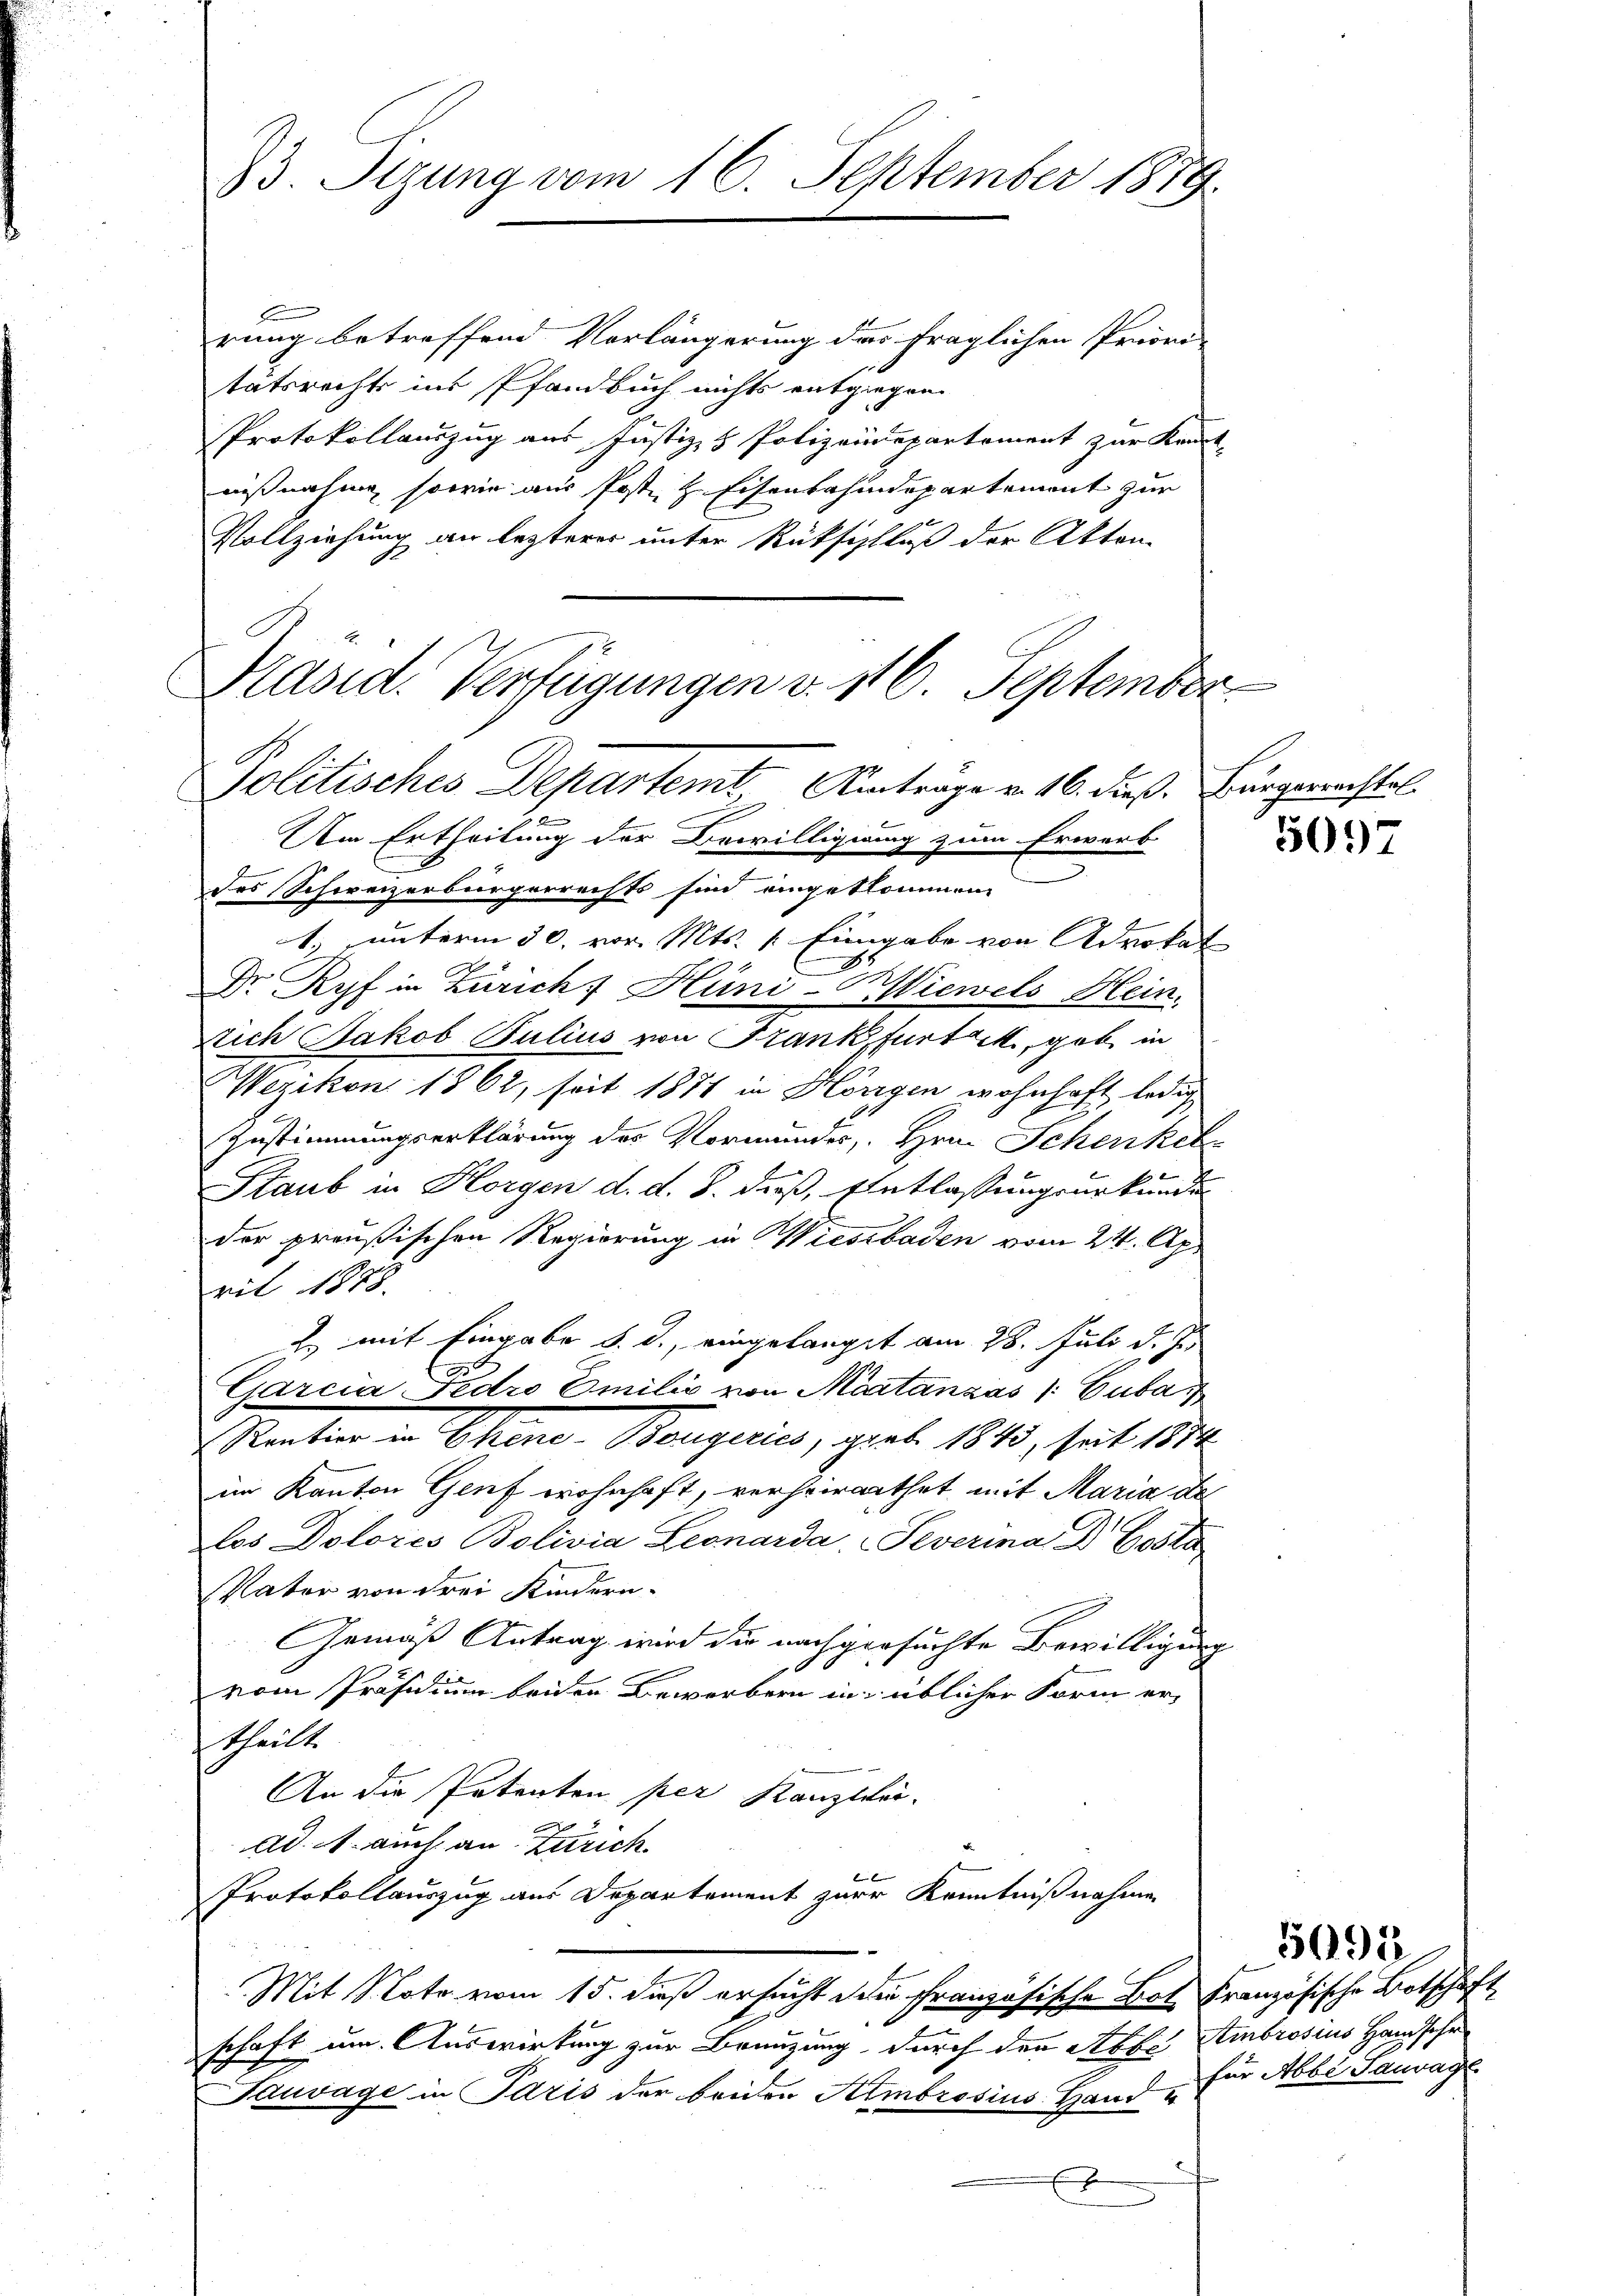
33. Sizung vom 16. September 1879.

rung betreffend Vorlängerung das fraglichen Priori
tätsrechts ins Pfandbuch nichts entgiegen
Protokollauszug aus Justiz- & Polizeidepartement zur Kennt-
nißnahme, sowie aus Poste, z. Eisenbahndepartement zur
Vollziehung an lezterer unter Rückschluß der Akten
Präsid. Verfügungen v. 116. September

Politisches Departemt, Eintrage v. 16. dieß. Bürgemachtel.

Um Ertheilung der Bewilligung zum Erwerb
des Schweizerbürgerrechts sind eingekommen.
1.) unterm 30. vor. Mts. 1. Eingabe von Advokat
Dr Ryf in Zürich, Hüni-Wiewels Hein-
stich Jakob Bulius von Frank fürtzt, gab in
Wezikon 1862, seit 1871 in Hörigen wohnhaft ledig
Zustimmungserklärung des Vormunder, Hrn. Schenkel
Staub in Horgen d. d. J. dieß, Entlassungsurkunde
der preußischen Regierung in Wiesbaden vom 24. Apr
ril 1878.
E. mit Eingabe d. d. eingelangt am 28. Juli d. Js.
Garcia-Pedro Emilie von Maatanzás / Cuba
Stenten in Ohrene Baugeris, geb. 1813, seit 1812
im Kanton Genf wohnhaft, verheirathet mit Maria der
los Doloris Bolivia Leonarda, Severina Dr. Gesta
Vater von drei Kindern.
Gemäß Antrag wird die nachgesuchte Bewilligung
vom Präsidium beiden Bewerbern in üblicher Form er,
ttheilte
An die Potenten per Kanzlei-
ad. A. auch an Zürich
Protokollauszug aus Departement zur Kenntnißnahme
Mit Note vom 15. dieß ersucht die französische Bot. Französische Botschäft
n
schaft um Auswirkung zur Brenzung, durch den Abbe Sembrosius Hansehe
Tauvage in Paris der beiden Ambrosius Hand u

5097

für Abbe Tauwage

5095